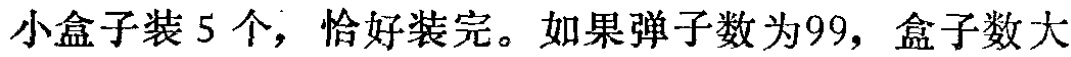
小盒子装 5 个，恰好装完。如果弹子数为 99，盒子数大